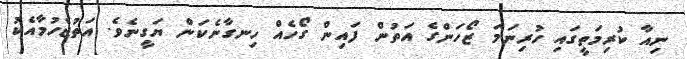
ނިއާ ކުރިމަތީގައި ހުރިނަމަ ޒޯހަންގެ އަތުން ފައިން ގޯހެއް ހިނގާނެކަން ޔަގީނެވެ. އަތުޖެހުމާއެކު